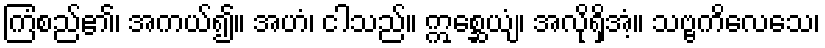
ကြံစည်၏၊ အကယ်၍။ အဟံ၊ ငါသည်။ ဣစ္ဆေယျံ၊ အလိုရှိအံ့။ သဗ္ဗကိလေသေ၊